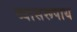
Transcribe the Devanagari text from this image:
व्यासरूपाय